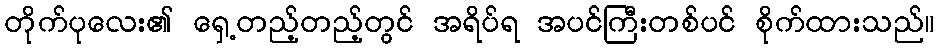
တိုက်ပုလေး၏ ရှေ့တည့်တည့်တွင် အရိပ်ရ အပင်ကြီးတစ်ပင် စိုက်ထားသည်။